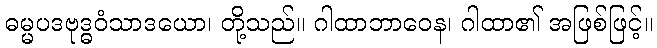
ဓမ္မပဒဗုဒ္ဓဝံသာဒယော၊ တို့သည်။ ဂါထာဘာဝေန၊ ဂါထာ၏ အဖြစ်ဖြင့်။